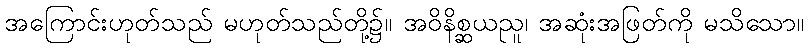
အကြောင်းဟုတ်သည် မဟုတ်သည်တို့၌။ အဝိနိစ္ဆယညူ၊ အဆုံးအဖြတ်ကို မသိသော။